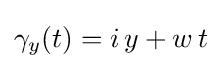
\gamma _{y}(t)=i\,y+w\,t